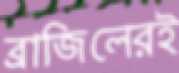
ব্রাজিলেরই